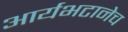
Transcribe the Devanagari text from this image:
आर्यभटानेच